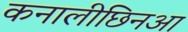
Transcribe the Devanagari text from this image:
कनालीछिनआ